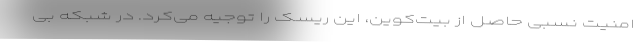
امنیت نسبی حاصل از بیت‌کوین، این ریسک را توجیه می‌کرد. در شبکه بی